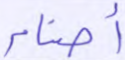
أصنام